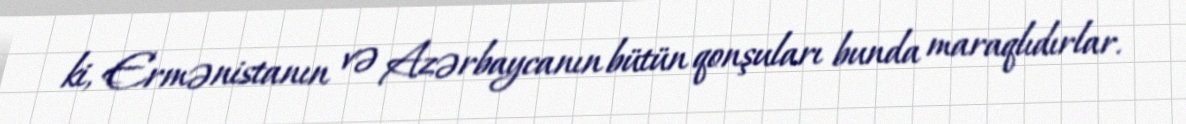
ki, Ermənistanın və Azərbaycanın bütün qonşuları bunda maraqlıdırlar.